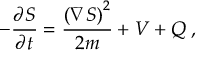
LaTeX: - { \frac { \partial S } { \partial t } } = { \frac { \left( \nabla S \right) ^ { 2 } } { 2 m } } + V + Q \; ,